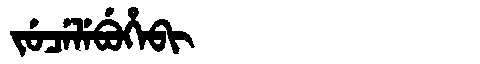
Manchu: ᠵᡠᠴᡝᠯᡝᠪᡠᡥᡝᠪᡳ
Romanization: JUCELEBUHEBI